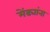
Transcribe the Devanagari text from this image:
मेंढ्यांना